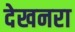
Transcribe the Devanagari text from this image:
देखनरा